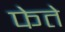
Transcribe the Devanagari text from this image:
फेते